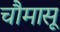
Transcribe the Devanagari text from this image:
चौमासू